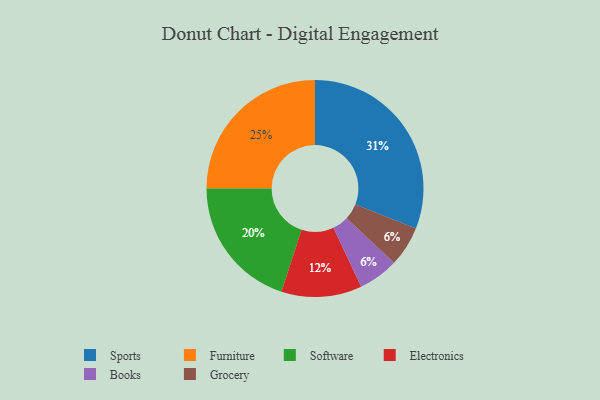
{"axis": {"x": "Category", "y": "Percentage"}, "legend": ["Books", "Electronics", "Furniture", "Grocery", "Software", "Sports"], "data": [{"x": "Books", "y": 6, "type": "Books"}, {"x": "Furniture", "y": 25, "type": "Furniture"}, {"x": "Sports", "y": 31, "type": "Sports"}, {"x": "Grocery", "y": 6, "type": "Grocery"}, {"x": "Software", "y": 20, "type": "Software"}, {"x": "Electronics", "y": 12, "type": "Electronics"}]}